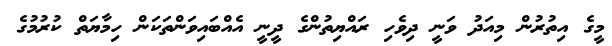
މީގެ އިތުރުން މިއަދު ވަނީ ދިވެހި ރައްޔިތުންގެ ދީނީ އެއްބައިވަންތަކަން ހިމާޔަތް ކުރުމުގެ